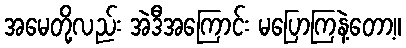
အမေတို့လည်း အဲဒီအကြောင်း မပြောကြနဲ့တော့။